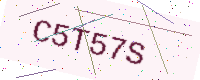
Text: C5T57S